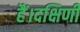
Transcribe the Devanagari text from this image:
हैं।दक्षिणी